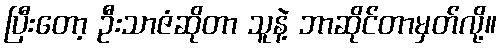
ပြီးတော့ ဦးသာဇံဆိုတာ သူနဲ့ ဘာဆိုင်တာမှတ်လို့။